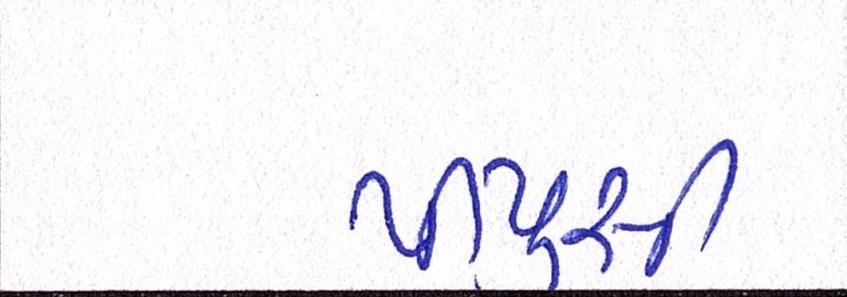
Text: પીયુસી